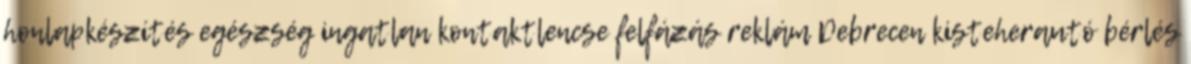
honlapkészítés egészség ingatlan kontaktlencse felfázás reklám Debrecen kisteherautó bérlés